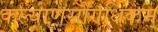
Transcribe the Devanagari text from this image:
कल्याणसौंगधिकम्